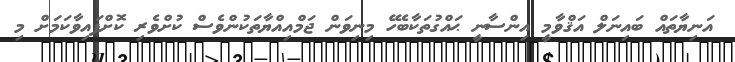
އަނިޔާތައް ބައިނަލް އަޤްވާމީ އިންސާނީ ޙައްގުތަކާބެހޭ މިނިވަން ޖަމްއިއްޔާތަކުންވެސް ކުށްވެރި ކޮށްފައިވާކަމަށް މި